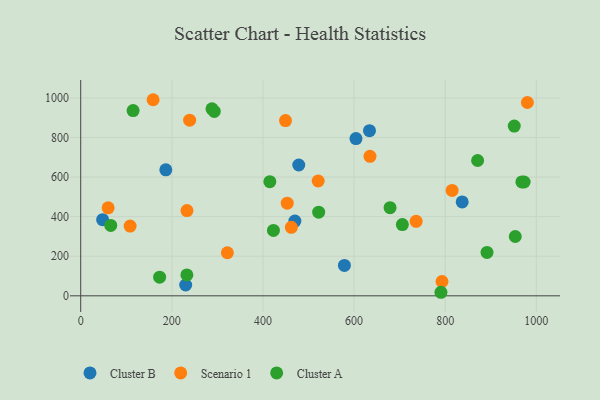
{"axis": {"x": "Distance", "y": "Rating"}, "legend": ["Cluster A", "Cluster B", "Scenario 1"], "data": [{"x": "230.4", "y": 54.7, "type": "Cluster B"}, {"x": "478.6", "y": 661.2, "type": "Cluster B"}, {"x": "837.3", "y": 474.3, "type": "Cluster B"}, {"x": "604.2", "y": 794.8, "type": "Cluster B"}, {"x": "633.8", "y": 834.7, "type": "Cluster B"}, {"x": "470.1", "y": 377.9, "type": "Cluster B"}, {"x": "48.1", "y": 384.9, "type": "Cluster B"}, {"x": "578.8", "y": 153.6, "type": "Cluster B"}, {"x": "186.8", "y": 636.7, "type": "Cluster B"}, {"x": "815.2", "y": 532.4, "type": "Scenario 1"}, {"x": "108.4", "y": 352.3, "type": "Scenario 1"}, {"x": "453.3", "y": 468.0, "type": "Scenario 1"}, {"x": "233.2", "y": 430.9, "type": "Scenario 1"}, {"x": "736.3", "y": 376.3, "type": "Scenario 1"}, {"x": "793.0", "y": 72.3, "type": "Scenario 1"}, {"x": "449.5", "y": 885.6, "type": "Scenario 1"}, {"x": "462.3", "y": 346.3, "type": "Scenario 1"}, {"x": "521.2", "y": 580.2, "type": "Scenario 1"}, {"x": "60.2", "y": 444.6, "type": "Scenario 1"}, {"x": "634.9", "y": 705.2, "type": "Scenario 1"}, {"x": "158.9", "y": 991.0, "type": "Scenario 1"}, {"x": "321.9", "y": 217.7, "type": "Scenario 1"}, {"x": "980.4", "y": 977.1, "type": "Scenario 1"}, {"x": "239.1", "y": 887.4, "type": "Scenario 1"}, {"x": "790.7", "y": 17.9, "type": "Cluster A"}, {"x": "891.8", "y": 219.4, "type": "Cluster A"}, {"x": "423.0", "y": 330.6, "type": "Cluster A"}, {"x": "522.3", "y": 422.8, "type": "Cluster A"}, {"x": "973.3", "y": 575.3, "type": "Cluster A"}, {"x": "288.1", "y": 944.9, "type": "Cluster A"}, {"x": "951.6", "y": 857.9, "type": "Cluster A"}, {"x": "233.0", "y": 105.8, "type": "Cluster A"}, {"x": "679.0", "y": 445.7, "type": "Cluster A"}, {"x": "115.0", "y": 936.4, "type": "Cluster A"}, {"x": "65.9", "y": 355.9, "type": "Cluster A"}, {"x": "415.1", "y": 576.6, "type": "Cluster A"}, {"x": "871.2", "y": 683.8, "type": "Cluster A"}, {"x": "293.2", "y": 932.1, "type": "Cluster A"}, {"x": "968.3", "y": 575.4, "type": "Cluster A"}, {"x": "173.2", "y": 94.1, "type": "Cluster A"}, {"x": "706.0", "y": 360.1, "type": "Cluster A"}, {"x": "953.8", "y": 299.7, "type": "Cluster A"}]}